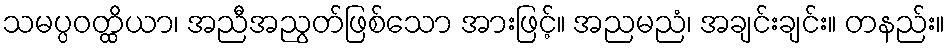
သမပ္ပဝတ္ထိယာ၊ အညီအညွတ်ဖြစ်သော အားဖြင့်။ အညမညံ၊ အချင်းချင်း။ တနည်း။